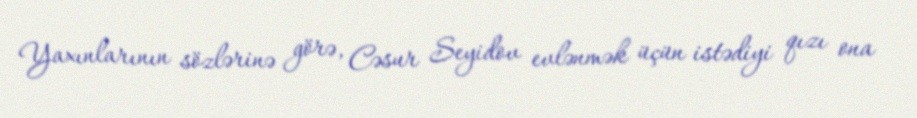
Yaxınlarının sözlərinə görə, Cəsur Seyidov evlənmək üçün istədiyi qızı ona